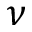
\nu